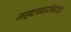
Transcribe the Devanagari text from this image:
गझलाबरोबरचा